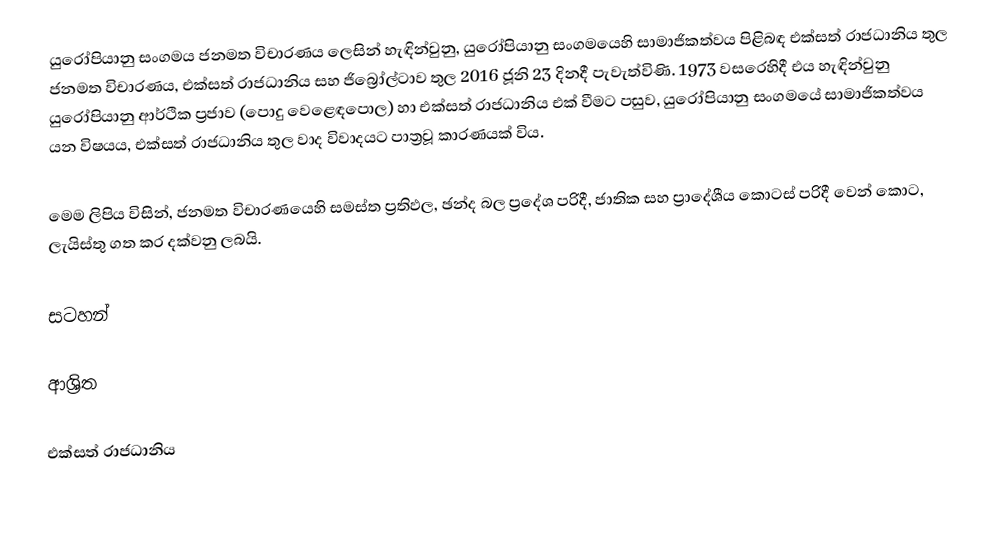
යුරෝපියානු සංගමය ජනමත විචාරණය ලෙසින් හැඳින්වුනු,  යුරෝපියානු සංගමයෙහි සාමාජිකත්වය පිළිබඳ එක්සත් රාජධානිය තුල ජනමත විචාරණය,  එක්සත් රාජධානිය සහ ජිබ්‍රෝල්ටාව තුල 2016 ජූනි 23 දිනදී පැවැත්විණි. 1973 වසරෙහිදී එය හැඳින්වුනු  යුරෝපියානු ආර්ථික ප්‍රජාව (පොදු වෙළෙඳපොල) හා එක්සත් රාජධානිය එක් වීමට පසුව,   යුරෝපියානු සංගමයේ සාමාජිකත්වය  යන විෂයය,  එක්සත් රාජධානිය තුල වාද විවාදයට පාත්‍රවූ කාරණයක් විය.

මෙම ලිපිය විසින්, ජනමත විචාරණයෙහි සමස්ත ප්‍රතිඵල, ඡන්ද බල ප්‍රදේශ පරිදී, ජාතික සහ ප්‍රාදේශීය කොටස් පරිදී වෙන් කොට,  ලැයිස්තු ගත කර දක්වනු ලබයි.

සටහන්

ආශ්‍රිත

එක්සත් රාජධානිය